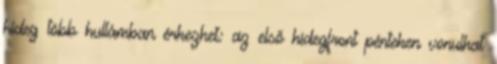
hideg több hullámban érkezhet: az első hidegfront pénteken vonulhat